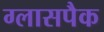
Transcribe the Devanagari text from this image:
ग्लासपैक